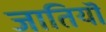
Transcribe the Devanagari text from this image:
जातियॊ